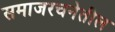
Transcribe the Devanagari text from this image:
समाजरचनेतील